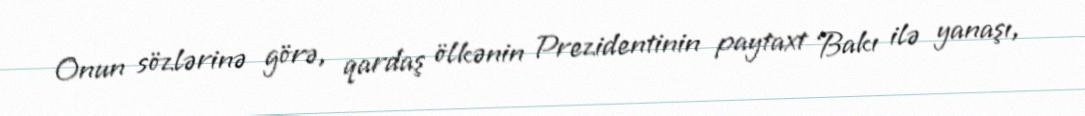
Onun sözlərinə görə, qardaş ölkənin Prezidentinin paytaxt Bakı ilə yanaşı,